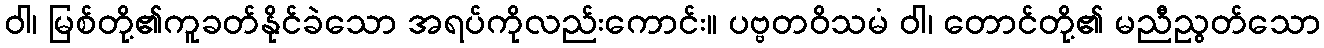
ဝါ၊ မြစ်တို့၏ကူခတ်နိုင်ခဲသော အရပ်ကိုလည်းကောင်း။ ပဗ္ဗတဝိသမံ ဝါ၊ တောင်တို့၏ မညီညွတ်သော